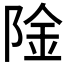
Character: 𬯉